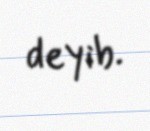
deyib.